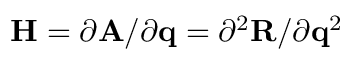
\mathbf { H } = { \partial \mathbf { A } } / { \partial \mathbf { q } } = { \partial ^ { 2 } \mathbf { R } } / { \partial \mathbf { q } ^ { 2 } }